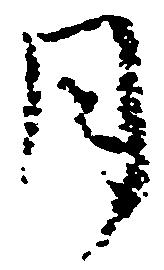
月